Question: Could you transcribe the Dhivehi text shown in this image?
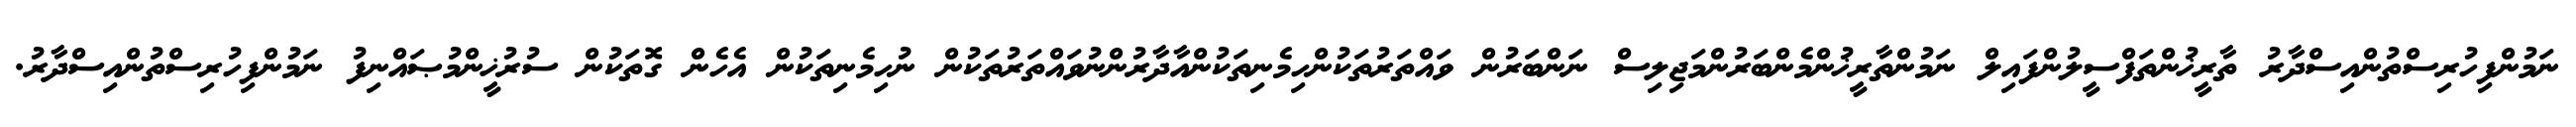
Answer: ނަމުންފިހުރިސްތުންއިސްދާރު ތާރީޚުންތަފްސީލުންފައިލް ނަމުންތާރީޚުންމެންބަރުންމަޖިލިސް ނަންބަރުން ވައްތަރުތަކުންހިމެނިތަކުންއާދާރުންނުވައްތަރުތަކުން ނުހިމެނިތަކުން އެހެން ގޮތަކުން ސުރުޚީންމުޞައްނިފު ނަމުންފިހުރިސްތުންއިސްދާރު.